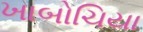
ખાબોચિયા